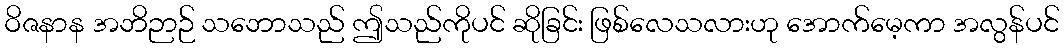
ဝိဇနာန အဘိဉာဉ် သဘောသည် ဤသည်ကိုပင် ဆိုခြင်း ဖြစ်လေသလားဟု အောက်မေ့ကာ အလွန်ပင်